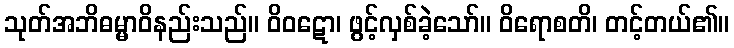
သုတ်အဘိဓမ္မာဝိနည်းသည်။ ဝိဝဋော၊ ဖွင့်လှစ်ခဲ့သော်။ ဝိရောစတိ၊ တင့်တယ်၏။